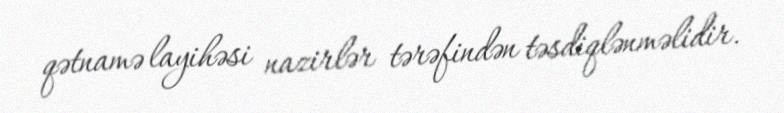
qətnamə layihəsi nazirlər tərəfindən təsdiqlənməlidir.